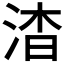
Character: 𬇷